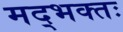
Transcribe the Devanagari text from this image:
मद्भक्तः